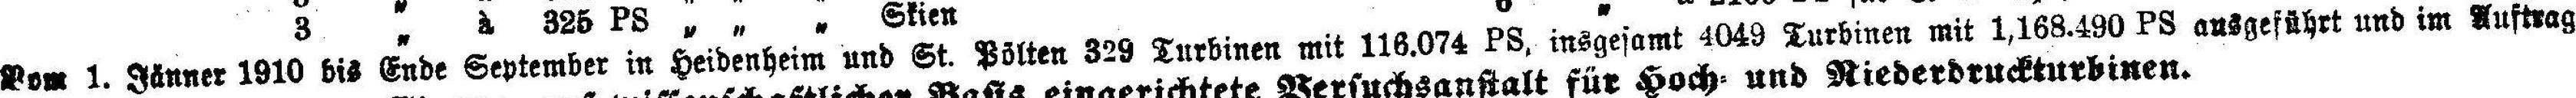
Pom 1. Jänner 1910 bis Ende September in Heidenheim und St. Pölten 329 Turbinen mit 116.074 PS, insgesamt 4049 Turbinen mit 1,168.490 PS ausgeführt und im Auftrag